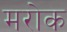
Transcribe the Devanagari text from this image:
मरोक